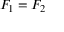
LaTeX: F _ { 1 } = F _ { 2 }